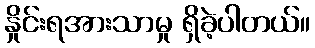
နှိုင်းရအားသာမှု ရှိခဲ့ပါတယ်။